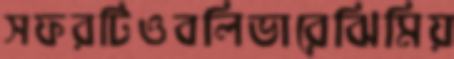
সফরটিওবলিভারেঝিমিয়